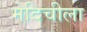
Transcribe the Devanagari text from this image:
मेदिचीला